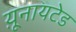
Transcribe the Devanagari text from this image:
य़ूनायटेड